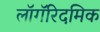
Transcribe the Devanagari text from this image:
लॉगॅरिदमिक